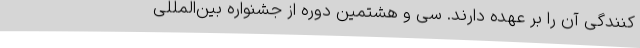
‌کنندگی آن را بر عهده دارند. سی و هشتمین دوره از جشنواره بین‌المللی